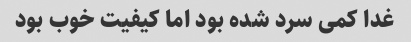
غدا کمی سرد شده بود اما کیفیت خوب بود